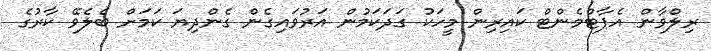
ރިލްވާން އެޕާޓްމެންޓް ކައިރިން މީހަކު ގަދަކަމުން އަރުވައިގެން ގެންދިޔަ ކަމަށް ބެލެވޭ ކާރުގެ